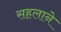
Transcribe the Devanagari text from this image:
सहलाने